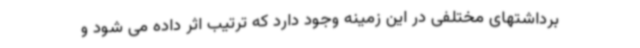
برداشتهای مختلفی در این زمینه وجود دارد که ترتیب اثر داده می شود و